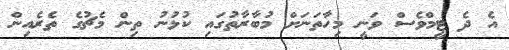
އެ ދެ ޓީމްވެސް ވަނީ މިހާތަނަށް މުބާރާތުގައި ކުޅުނު ތިން މެޗުގެ ތެރެއިން